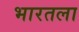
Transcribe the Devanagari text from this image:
भारतला